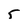
Character: 5